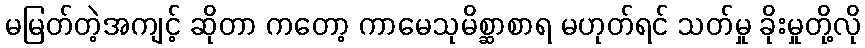
မမြတ်တဲ့အကျင့် ဆိုတာ ကတော့ ကာမေသုမိစ္ဆာစာရ မဟုတ်ရင် သတ်မှု ခိုးမှုတို့လို